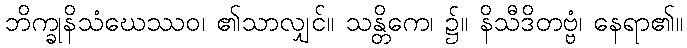
ဘိက္ခုနိသံဃေဿဝ၊ ၏သာလျှင်။ သန္တိကေ၊ ၌။ နိသီဒိတဗ္ဗံ၊ နေရာ၏။